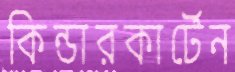
কিন্ডারকার্টেন